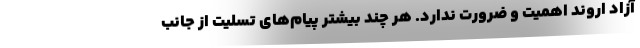
آزاد اروند اهمیت و ضرورت ندارد. هر چند بیشتر پیام‌های تسلیت از جانب